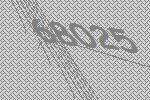
68025